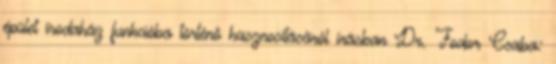
épület irodaház funkcióba történő hasznosításáról írásban Dr. Fodor Csaba: